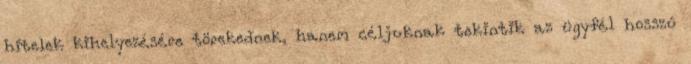
hitelek kihelyezésére törekednek, hanem céljuknak tekintik az ügyfél hosszú